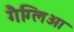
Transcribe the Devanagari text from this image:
गैग्लिआ